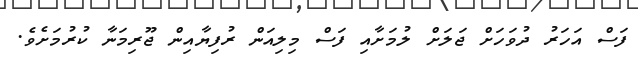
ފަސް އަހަރު ދުވަހަށް ޖަލަށް ލުމަށާއި ފަސް މިލިއަން ރުފިޔާއިން ޖޫރިމަނާ ކުރުމަށެވެ.